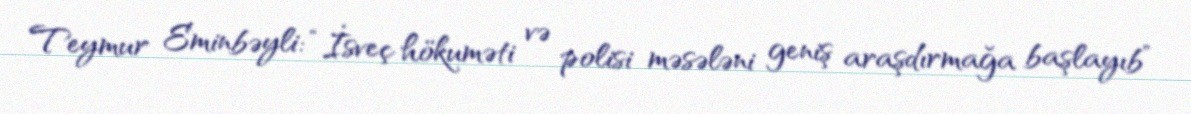
Teymur Eminbəyli: “İsveç hökuməti və polisi məsələni geniş araşdırmağa başlayıb”